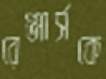
রেঞ্জার্সকে